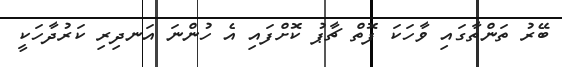
ބޭރު ތަންތާގައި ވާހަކަ ފޮތް ޗާޕު ކޮށްފައި އެ ހުންނަ އަނދިރި ކަރުދާހަކީ